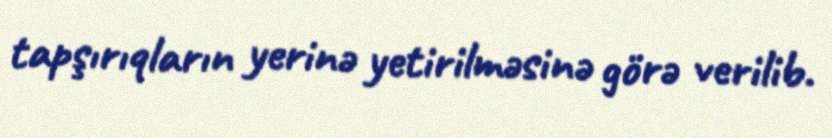
tapşırıqların yerinə yetirilməsinə görə verilib.